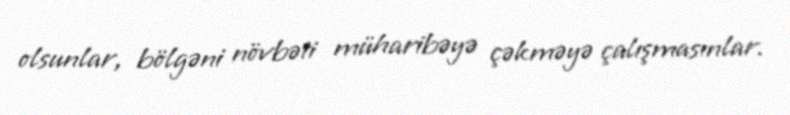
olsunlar, bölgəni növbəti müharibəyə çəkməyə çalışmasınlar.